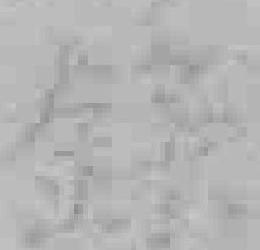
錄